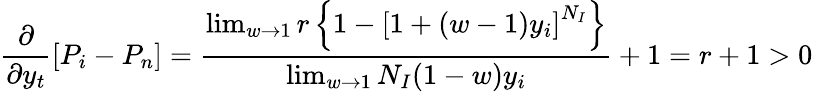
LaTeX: \frac{\partial}{\partial y_{t}}\left[P_{i}-P_{n}\right]=\frac{\operatorname*{lim}_{w\rightarrow 1}r\left\{ 1-\left[1+(w-1)y_{i}\right]^{N_{I}}\right\} }{\operatorname*{lim}_{w\rightarrow 1}N_{I}(1-w)y_{i}}+1=r+1>0